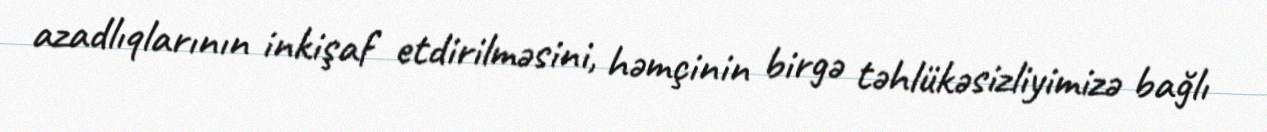
azadlıqlarının inkişaf etdirilməsini, həmçinin birgə təhlükəsizliyimizə bağlı